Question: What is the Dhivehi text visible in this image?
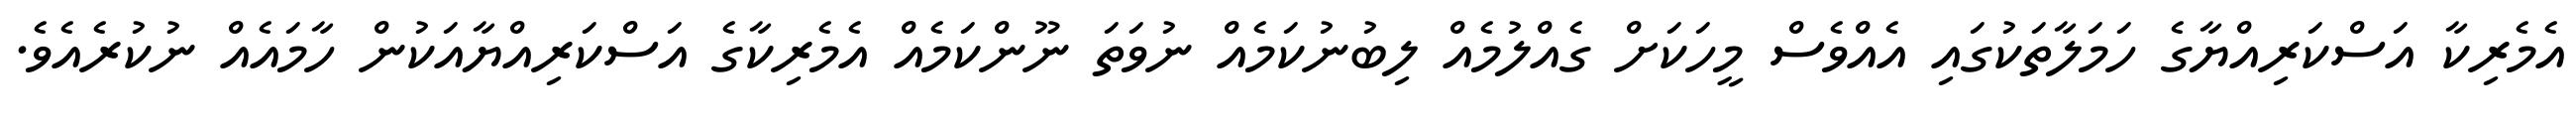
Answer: އެމެރިކާ އަސްކަރިއްޔާގެ ހަމަލާތަކުގައި އެއްވެސް މީހަކަށް ގެއްލުމެއް ލިބުނުކަމެއް ނުވަތަ ނޫންކަމެއް އެމެރިކާގެ އަސްކަރިއްޔާއަކުން ހާމައެއް ނުކުރެއެވެ.